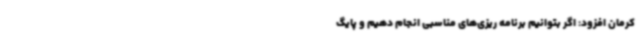
کرمان افزود: اگر بتوانیم برنامه ریزی‌های مناسبی انجام دهیم و پایگ